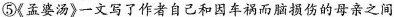
⑤《孟婆汤》一文写了作者自己和因车祸而脑损伤的母亲之间